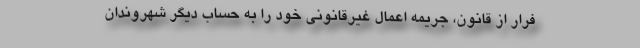
فرار از قانون، جریمه اعمال غیرقانونی خود را به حساب دیگر شهروندان